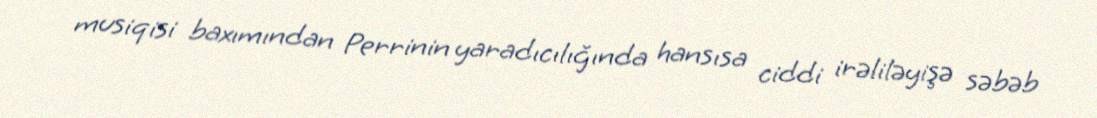
musiqisi baxımından Perrinin yaradıcılığında hansısa ciddi irəliləyişə səbəb